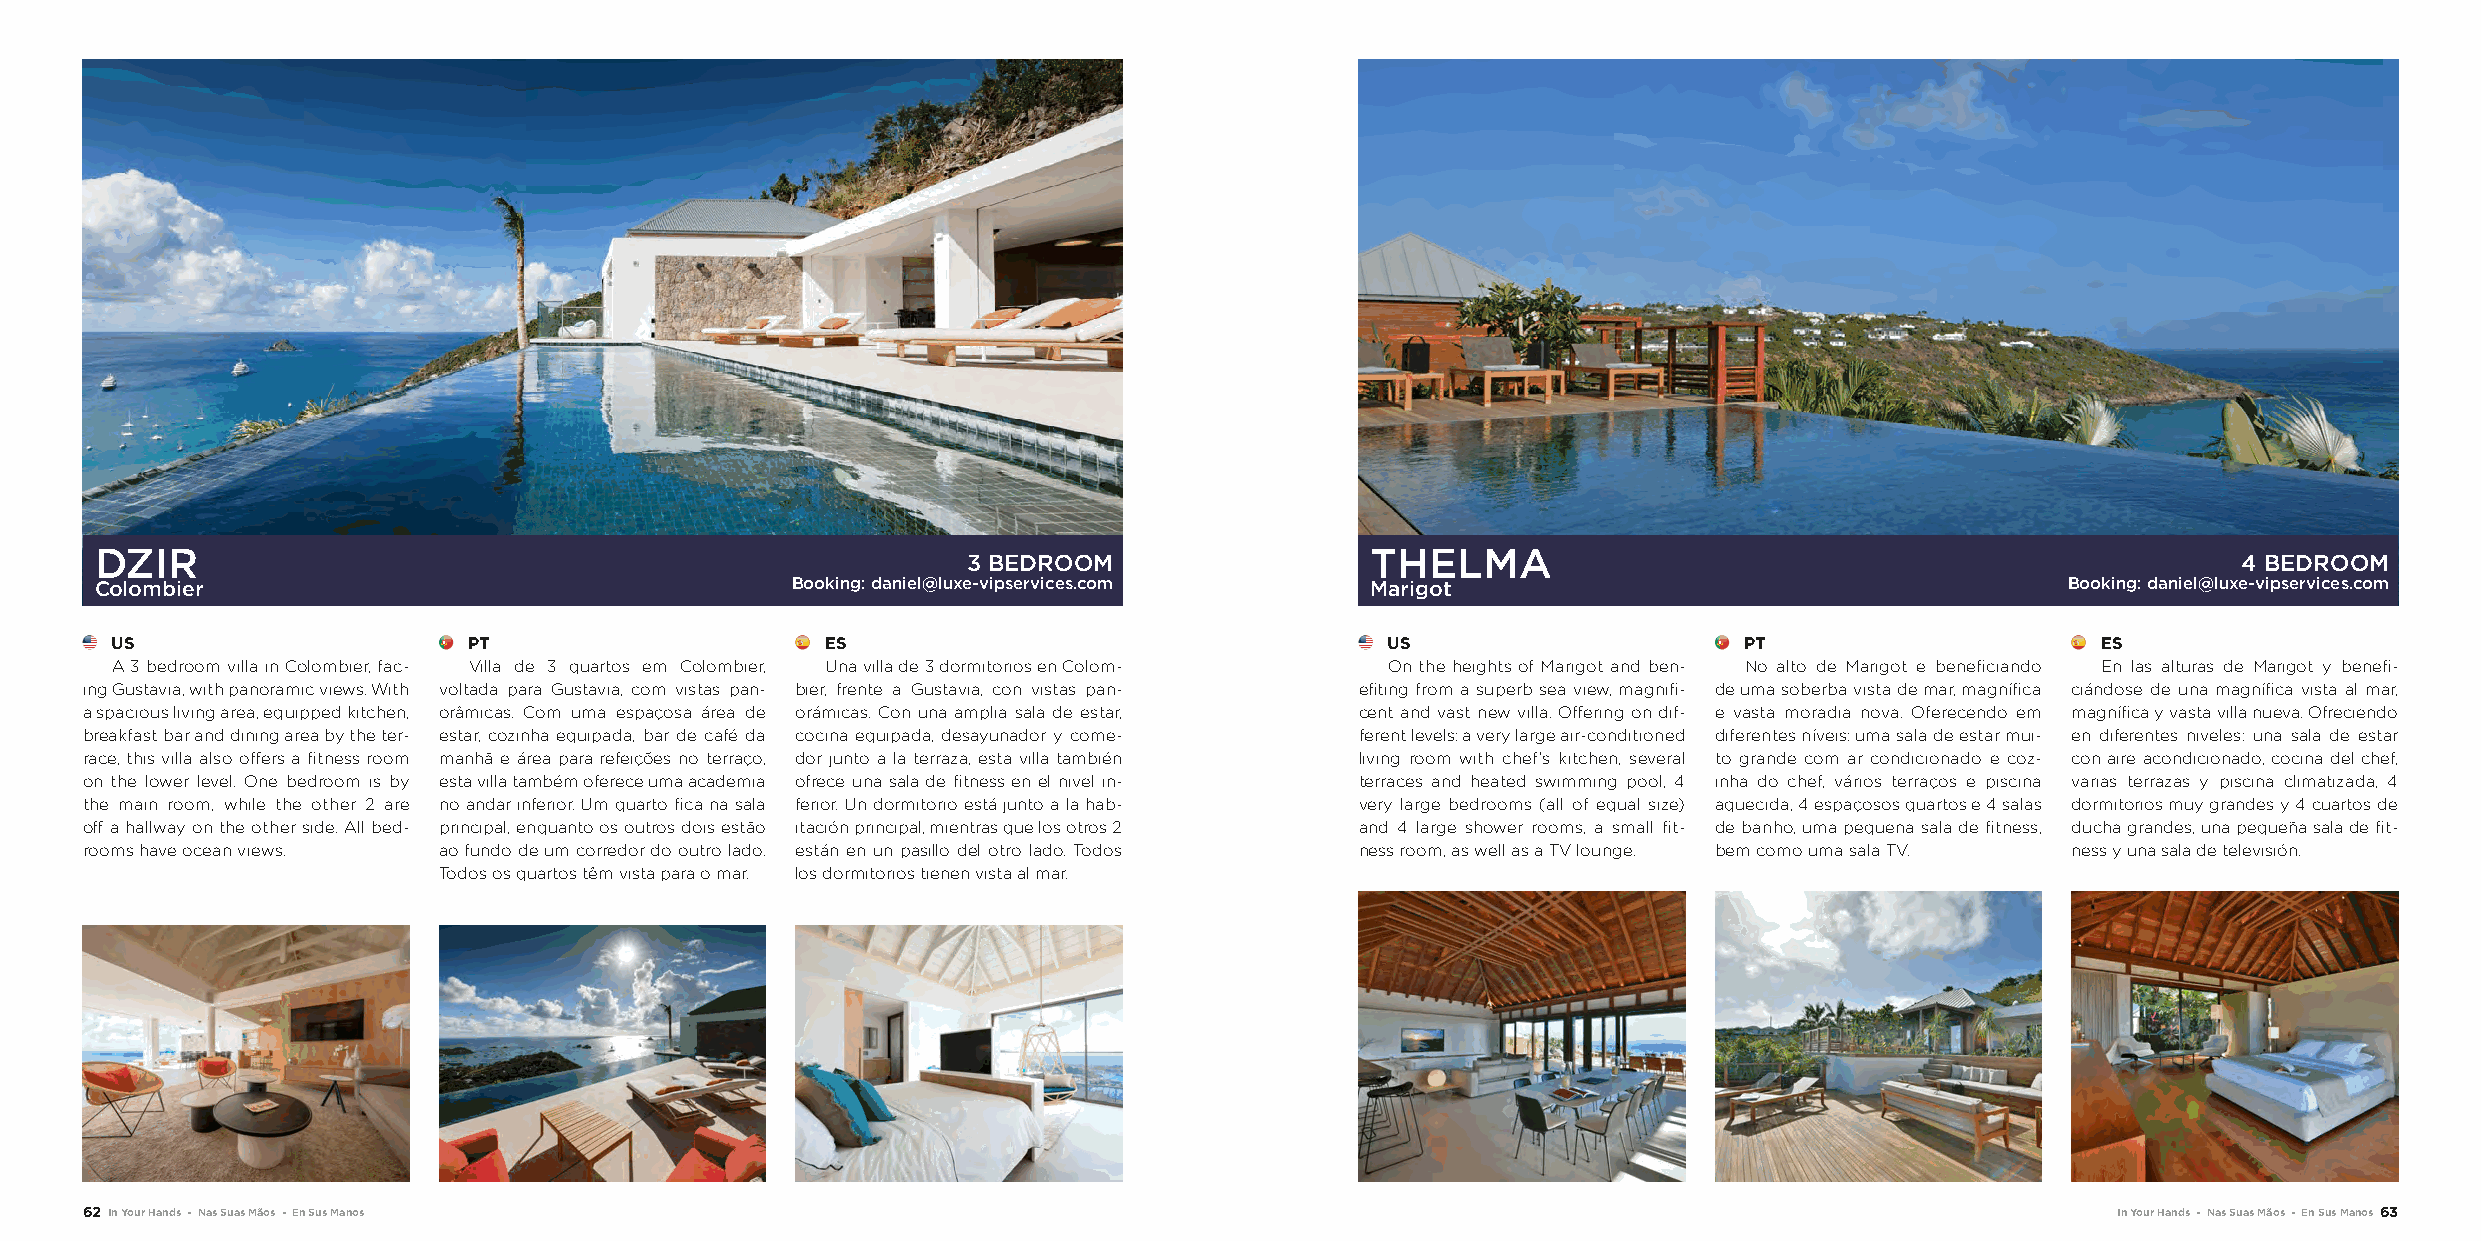
DZIR                                                                                 THELMA
 3 BEDROOM                                                                           4 BEDROOM
 Colombier                                     Booking: daniel@luxe-vipservices.com   Marigot                                       Booking: daniel@luxe-vipservices.com
 US                      PT                      ES                                   US                     PT                      ES
 A 3 bedroom villa in Colombier, fac- Villa de 3 quartos em Colombier, Una villa de 3 dormitorios en Colom- On the heights of Marigot and ben- No alto de Marigot e beneficiando En las alturas de Marigot y benefi-
 ing Gustavia, with panoramic views. With voltada para Gustavia, com vistas pan- bier, frente a Gustavia, con vistas pan- efiting from a superb sea view, magnifi- de uma soberba vista de mar, magnífica ciándose de una magnífica vista al mar,
 a spacious living area, equipped kitchen, orâmicas. Com uma espaçosa área de orámicas. Con una amplia sala de estar, cent and vast new villa. Offering on dif- e vasta moradia nova. Oferecendo em magnífica y vasta villa nueva. Ofreciendo
 breakfast bar and dining area by the ter- estar, cozinha equipada, bar de café da cocina equipada, desayunador y come- ferent levels: a very large air-conditioned diferentes níveis: uma sala de estar mui- en diferentes niveles: una sala de estar
 race, this villa also offers a fitness room manhã e área para refeições no terraço, dor junto a la terraza, esta villa también living room with chef’s kitchen, several to grande com ar condicionado e coz- con aire acondicionado, cocina del chef,
 on the lower level. One bedroom is by esta villa também oferece uma academia ofrece una sala de fitness en el nivel in- terraces and heated swimming pool, 4 inha do chef, vários terraços e piscina varias terrazas y piscina climatizada, 4
 the main room, while the other 2 are no andar inferior. Um quarto fica na sala ferior. Un dormitorio está junto a la hab- very large bedrooms (all of equal size) aquecida, 4 espaçosos quartos e 4 salas dormitorios muy grandes y 4 cuartos de
 off a hallway on the other side. All bed- principal, enquanto os outros dois estão itación principal, mientras que los otros 2 and 4 large shower rooms, a small fit- de banho, uma pequena sala de fitness, ducha grandes, una pequeña sala de fit-
 rooms have ocean views. ao fundo de um corredor do outro lado. están en un pasillo del otro lado. Todos ness room, as well as a TV lounge. bem como uma sala TV. ness y una sala de televisión.
 Todos os quartos têm vista para o mar. los dormitorios tienen vista al mar.
 62 In Your Hands - Nas Suas Mãos - En Sus Manos                                                                                        In Your Hands - Nas Suas Mãos - En Sus Manos 63